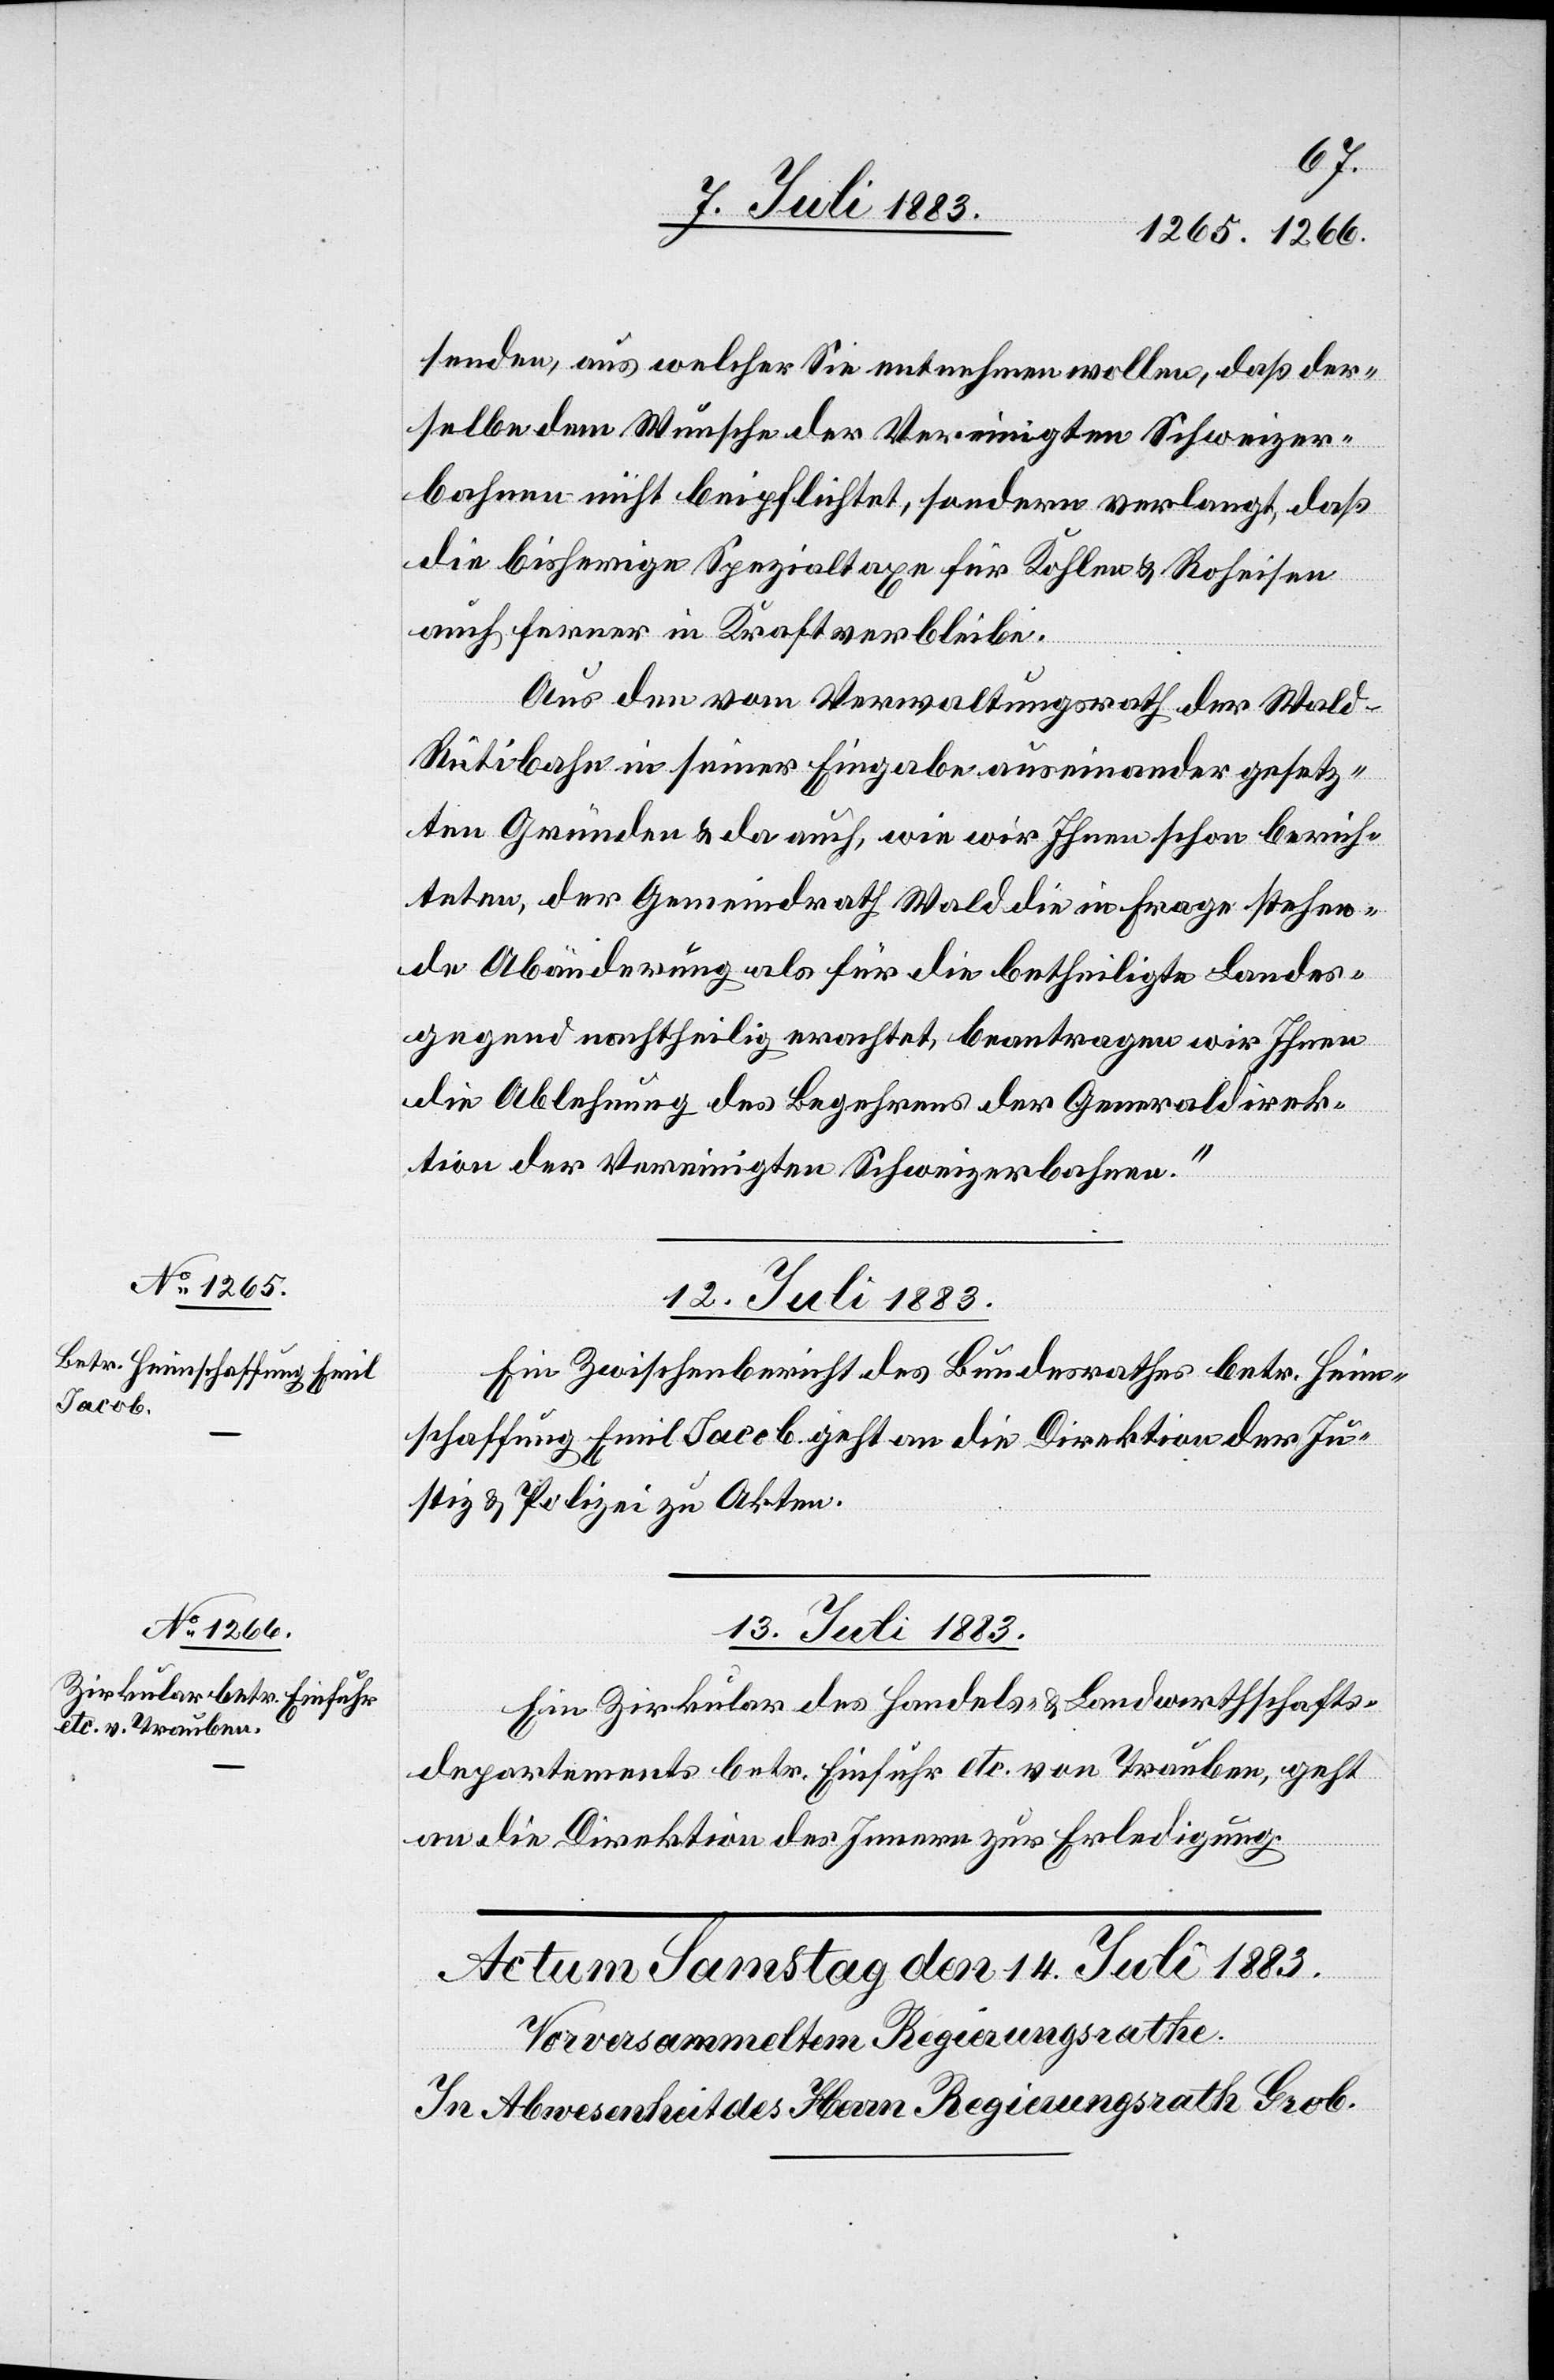
senden, aus welcher Sie entnehmen wollen, daß der¬
selbe dem Wunsche der Vereinigten Schweizer¬
bahnen nicht beipflichtet, sondern verlangt, daß
die bisherige Spezialtaxe für Kohlen & Roheisen
auch ferner in Kraft verbleibe.
Aus den vom Verwaltungsrath der Wald–R¬
ütibahn in seiner Eingabe auseinander gesetz¬
ten Gründen & da auch, wie wir Ihnen schon berich¬
teten, der Gemeindrath Wald die in Frage stehen¬
de Abänderung als für die betheiligte Landes¬
gegend nachtheilig erachtet, beantragen wir Ihnen
die Ablehnung des Begehrens der Generaldirek¬
tion der Vereinigten Schweizerbahnen.“
12. Juli 1883.
Ein Zwischenbericht des Bundesrathes betr. Heim¬
schaffung Emil Jacob geht an die Direktion der Ju¬
stiz & Polizei zu den Akten.
13. Juli 1883.
Ein Zirkular des Handels- & Landwirthschafts¬
departements betr. Einfuhr etc. von Trauben, geht
an die Direktion des Innern zur Erledigung.